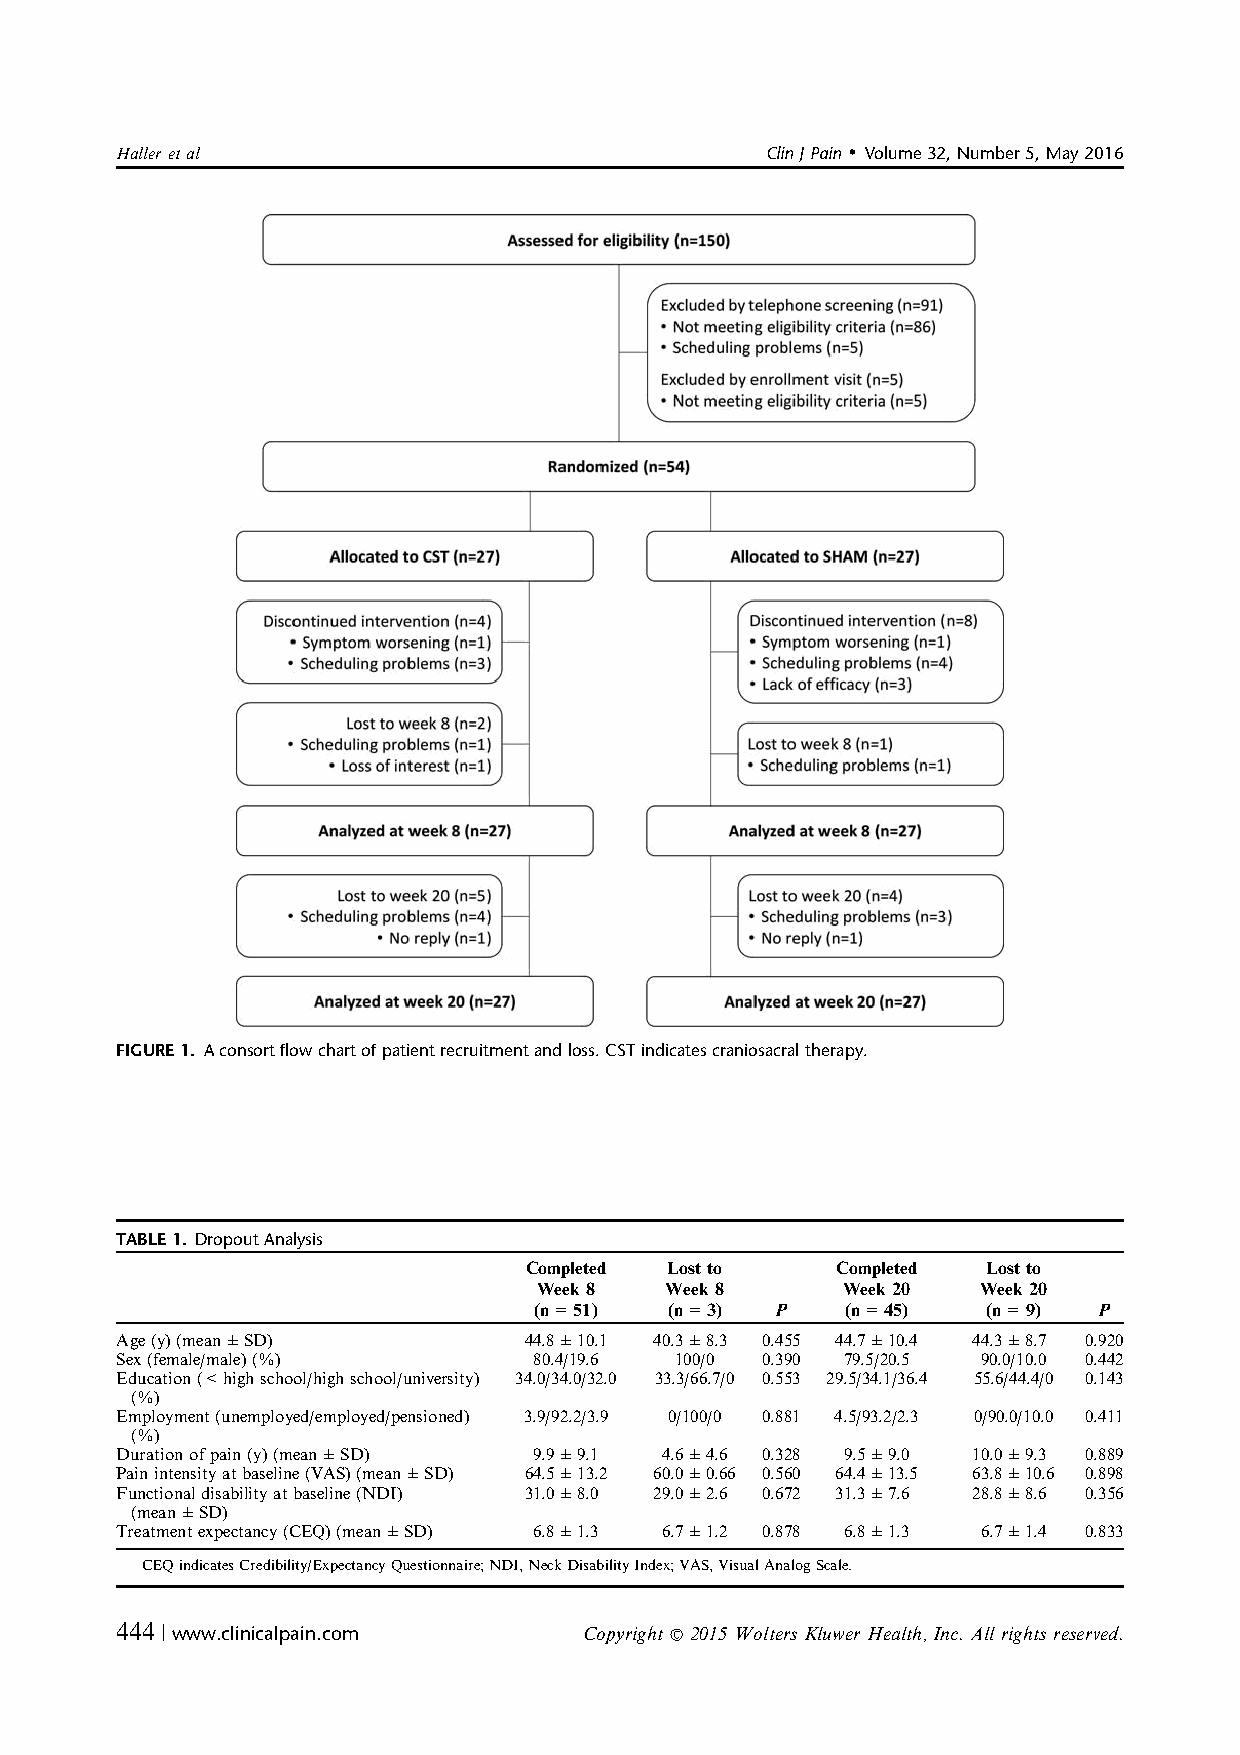
Halleretal                                 ClinJPain Volume32,Number5,May2016
 "
 FIGURE1. Aconsortflowchartofpatientrecruitmentandloss.CSTindicatescraniosacraltherapy.
 TABLE1. DropoutAnalysis
 Completed Lostto    Completed Lostto
 Week8   Week8       Week20   Week20
 (n=51)   (n=3)  P    (n=45)   (n=9)   P
 Age(y)(mean±SD)            44.8±10.1 40.3±8.3 0.455 44.7±10.4 44.3±8.7 0.920
 Sex(female/male)(%)        80.4/19.6 100/0 0.390 79.5/20.5 90.0/10.0 0.442
 Education(<highschool/highschool/university) 34.0/34.0/32.0 33.3/66.7/0 0.553 29.5/34.1/36.4 55.6/44.4/0 0.143
 (%)
 Employment(unemployed/employed/pensioned) 3.9/92.2/3.9 0/100/0 0.881 4.5/93.2/2.3 0/90.0/10.0 0.411
 (%)
 Durationofpain(y)(mean±SD) 9.9±9.1  4.6±4.6 0.328 9.5±9.0 10.0±9.3 0.889
 Painintensityatbaseline(VAS)(mean±SD) 64.5±13.2 60.0±0.66 0.560 64.4±13.5 63.8±10.6 0.898
 Functionaldisabilityatbaseline(NDI) 31.0±8.0 29.0±2.6 0.672 31.3±7.6 28.8±8.6 0.356
 (mean±SD)
 Treatmentexpectancy(CEQ)(mean±SD) 6.8±1.3 6.7±1.2 0.878 6.8±1.3 6.7±1.4 0.833
 CEQindicatesCredibility/ExpectancyQuestionnaire;NDI,NeckDisabilityIndex;VAS,VisualAnalogScale.
 444 | www.clinicalpain.com     Copyright r 2015 Wolters Kluwer Health, Inc. All rights reserved.